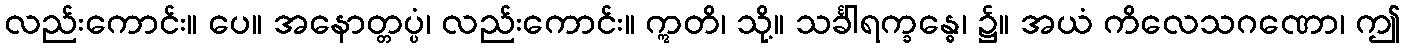
လည်းကောင်း။ ပေ။ အနောတ္တပ္ပံ၊ လည်းကောင်း။ ဣတိ၊ သို့။ သင်္ခါရက္ခန္ဓေ၊ ၌။ အယံ ကိလေသဂဏော၊ ဤ